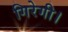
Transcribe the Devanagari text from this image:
गिरेगी।